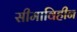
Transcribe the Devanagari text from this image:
सीमाविहीन